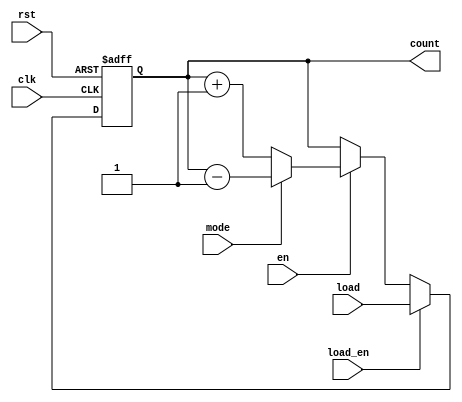
module chained_counter #(
    parameter N = 4 // Number of bits for the counter
)(
    input wire clk,          // Clock signal
    input wire rst,          // Reset signal (active high)
    input wire en,           // Enable counting signal
    input wire mode,         // Mode control signal (0 for up, 1 for down)
    input wire [N-1:0] load, // Parallel load input
    input wire load_en,      // Load enable signal
    output reg [N-1:0] count // Counter output
);

// Counter Operation
always @(posedge clk or posedge rst) begin
    if (rst) begin
        count <= 0; // Reset counter to 0
    end
    else if (load_en) begin
        count <= load; // Load specific value if load enable is asserted
    end
    else if (en) begin
        if (mode) begin
            count <= count - 1; // Count down
        end
        else begin
            count <= count + 1; // Count up
        end
    end
end

endmodule